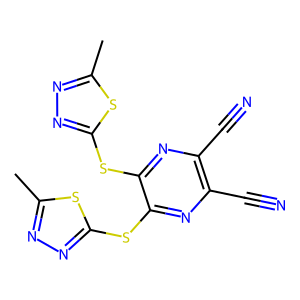
SMILES: Cc1nnc(Sc2nc(C#N)c(C#N)nc2Sc2nnc(C)s2)s1
Inhibits HIV replication: No